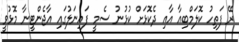
ރޭ ފަތިހު ކޮލަމްބިއާ އާއި ދެކޮޅަށް ކުޅުނު ސެމީ ފައިނަލުގައި އާޖެންޓީނާ މޮޅުވީ